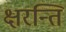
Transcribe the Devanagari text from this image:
क्षरन्ति